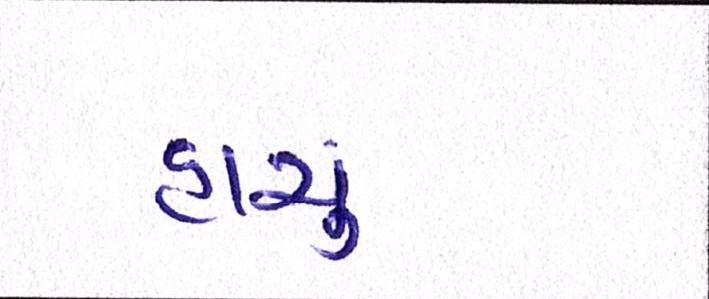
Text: હાચું